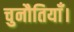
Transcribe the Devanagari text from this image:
चुनौतियाँ।